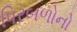
પિરબળોનો